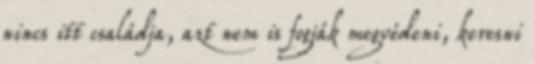
nincs itt családja, azt nem is fogják megvédeni, keresni